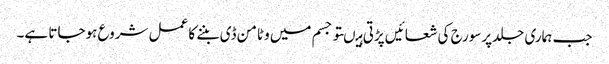
جب ہماری جلدپرسورج کی شعائیں پڑتی ہیںتو جسم میں وٹامن ڈی بننے کا عمل شروع ہوجاتا ہے۔